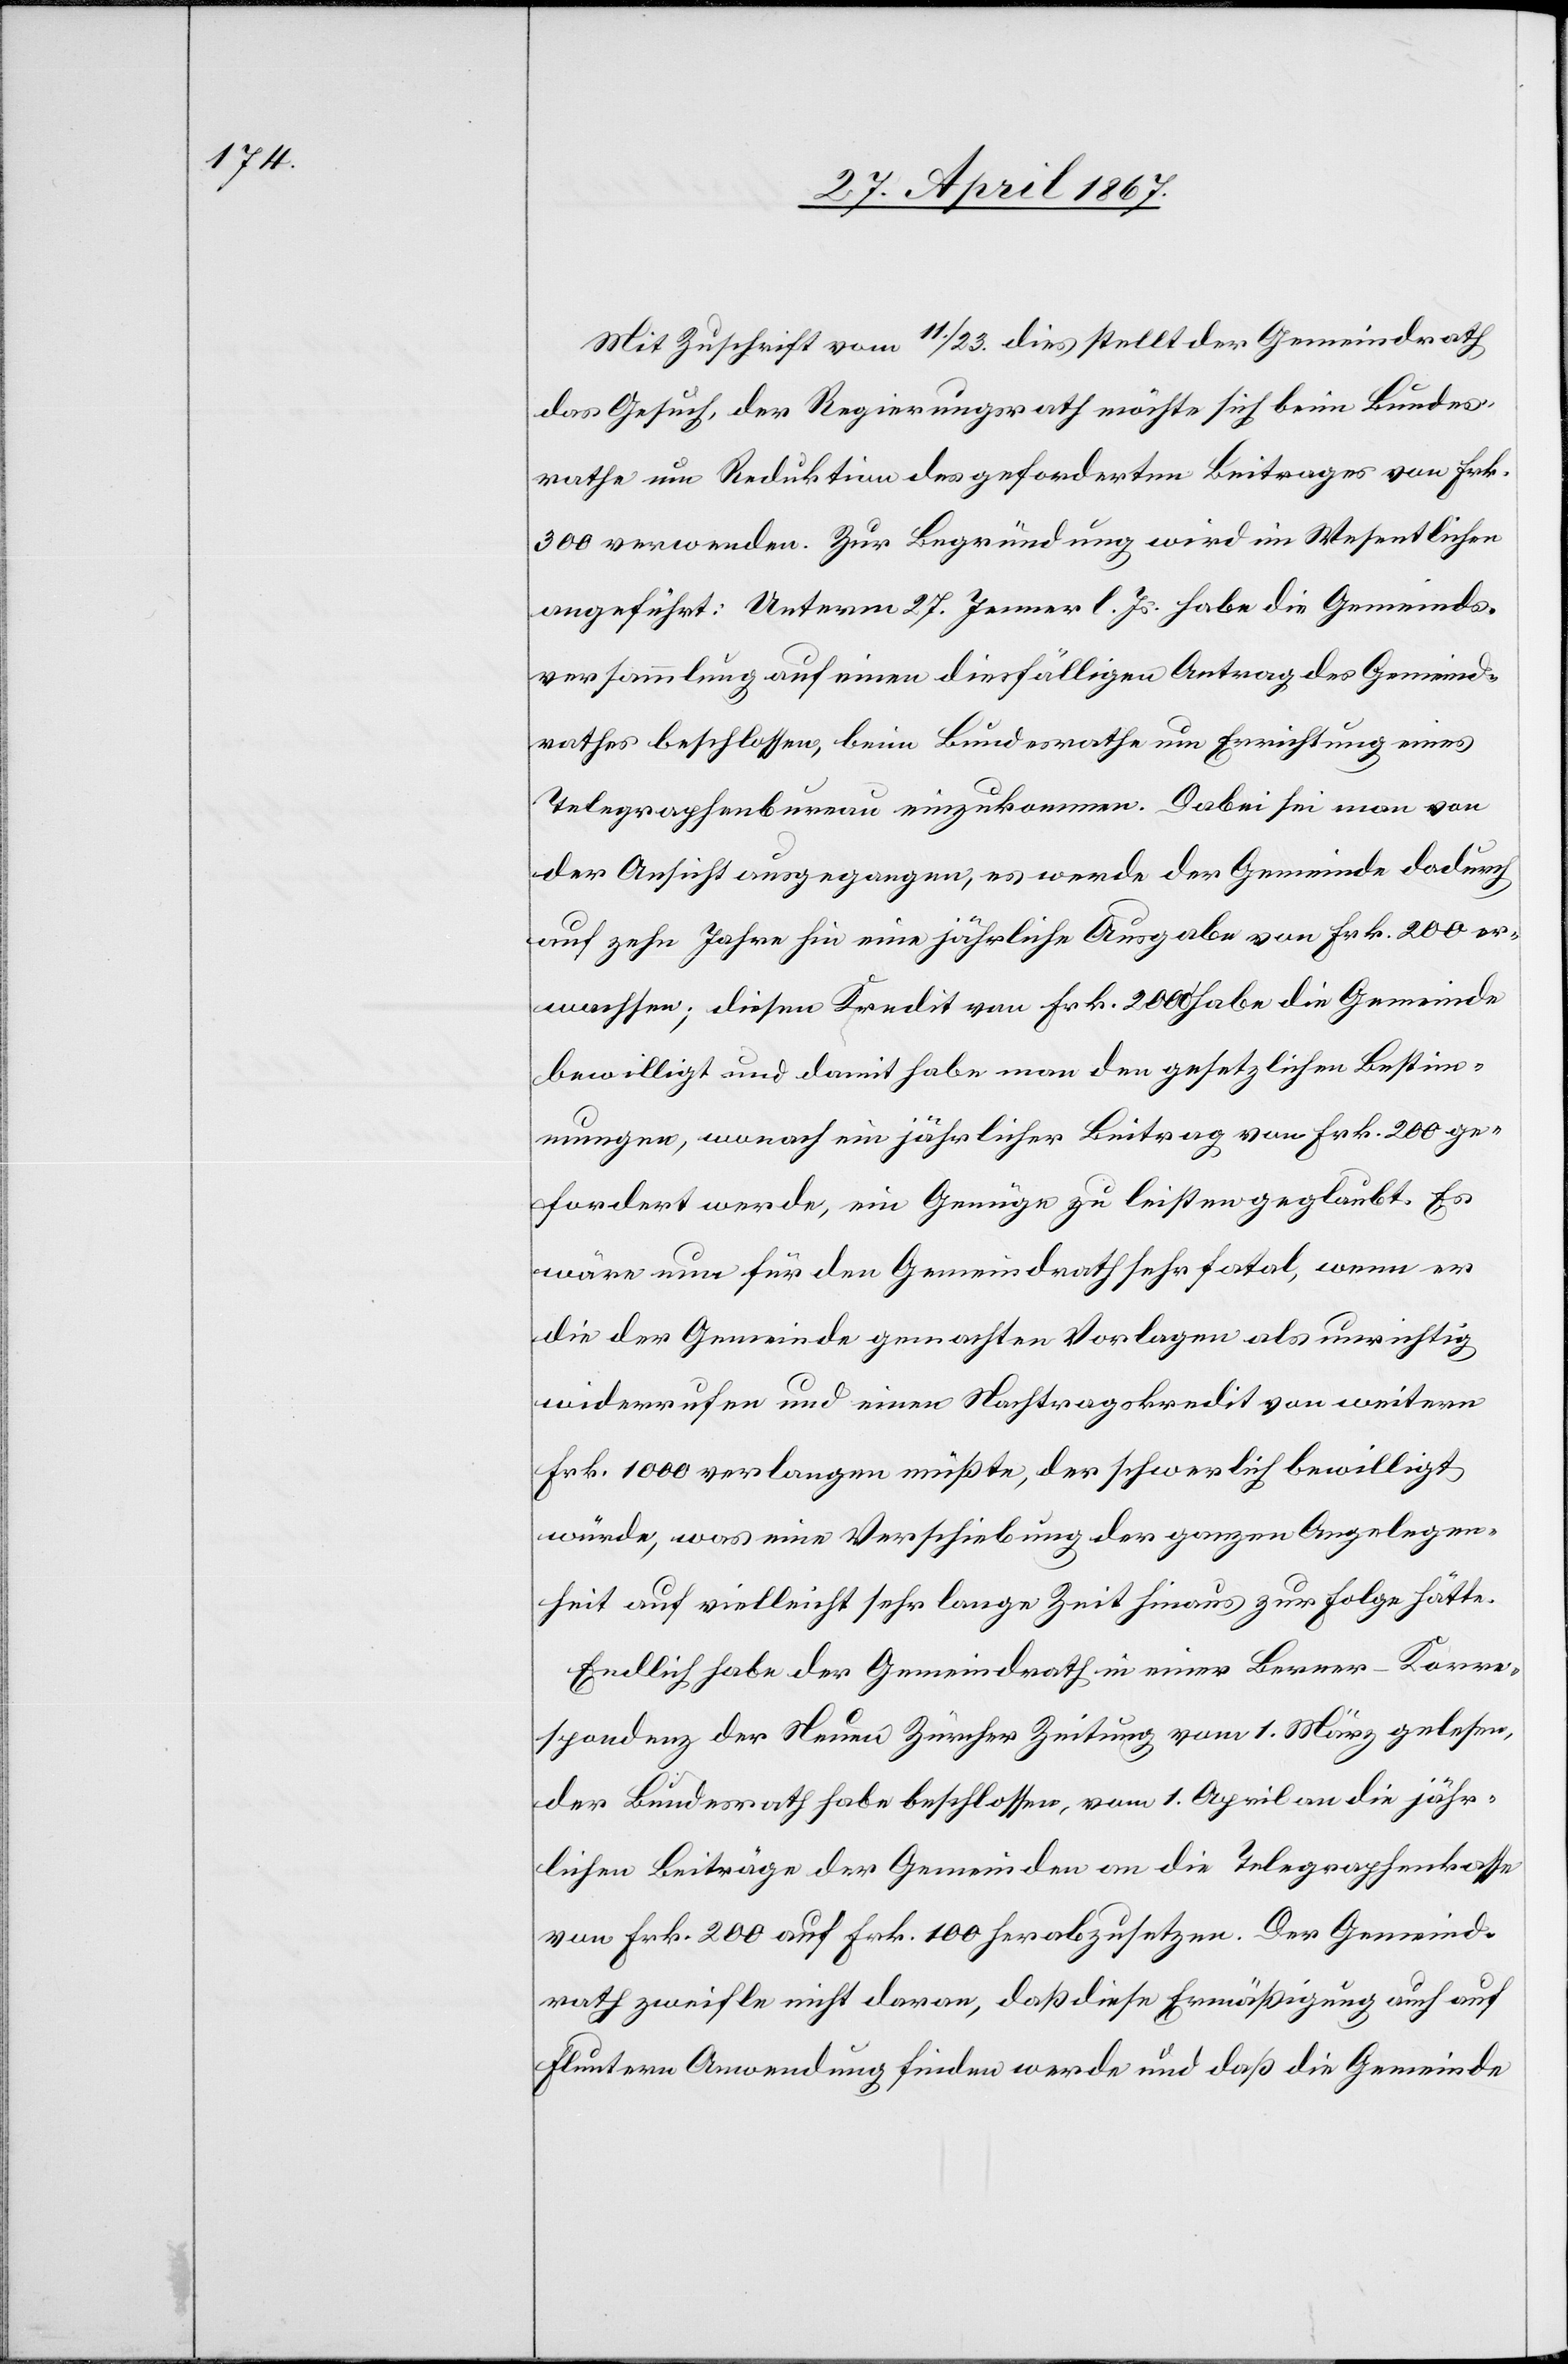
Mit Zuschrift vom 11. / 23. dies stellt der Gemeindrath
das Gesuch, der Regierungsrath möchte sich beim Bundes¬
rathe um Reduktion des geforderten Beitrages von Frk.
300 verwenden. Zur Begründung wird im Wesentlichen
angeführt: Unterm 23. Jenner l. Js. habe die Gemeinds¬
versammlung auf einen diesfälligen Antrag des Gemeind¬
rathes beschlossen, beim Bundesrathe um Errichtung eines
Telegraphenbureau einzukommen. Dabei sei man von
der Ansicht ausgegangen, es werde der Gemeinde dadurch
auf zehn Jahre hin eine jährliche Ausgabe von Frk. 200 er¬
wachsen; diesen Kredit von Frk. 2000 habe die Gemeinde
bewilligt und damit habe man den gesetzlichen Bestim¬
mungen, wonach ein jährlicher Beitrag von Frk. 200 ge¬
fordert werde, ein Genüge zu leisten geglaubt. Es
wäre nun für den Gemeindrath sehr fatal, wenn er
die der Gemeinde gemachten Vorlagen als unrichtig
widerrufen und einen Nachtragskredit von weitern
Frk. 1000 verlangen müßte, der schwerlich bewilligt
würde, was eine Verschiebung der ganzen Angelegen¬
heit auf vielleicht sehr lange Zeit hinaus zur Folge hätte.
Endlich habe der Gemeindrath in einer Berner-Korre¬
spondenz der Neuen Zürcher Zeitung vom 1. März gelesen,
der Bundesrath habe beschlossen, vom 1. April an die jähr¬
lichen Beiträge der Gemeinden an die Telegraphenkasse
von Frk. 200 auf Frk. 100 herabzusetzen. Der Gemeind¬
rath zweifle nicht daran, daß diese Ermäßigung auch auf
Fluntern Anwendung finden werde und daß die Gemeinde